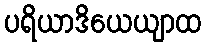
ပရိယာဒိယေယျာထ